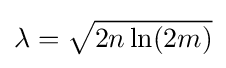
\lambda ={\sqrt {2n\ln(2m)}}